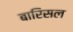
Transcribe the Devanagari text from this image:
बारिसल